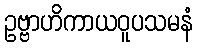
ဥဗ္ဗာဟိကာယဝူပသမနံ